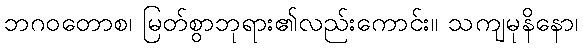
ဘဂဝတောစ၊ မြတ်စွာဘုရား၏လည်းကောင်း။ သကျမုနိနော၊